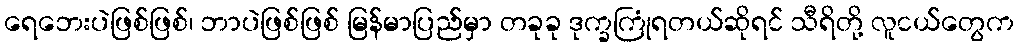
ရေဘေးပဲဖြစ်ဖြစ်၊ ဘာပဲဖြစ်ဖြစ် မြန်မာပြည်မှာ တခုခု ဒုက္ခကြုံရတယ်ဆိုရင် သီရိတို့ လူငယ်တွေက